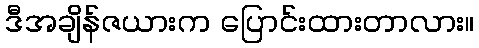
ဒီအချိန်ဇယားက ပြောင်းထားတာလား။